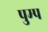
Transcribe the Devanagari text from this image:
पुम्प